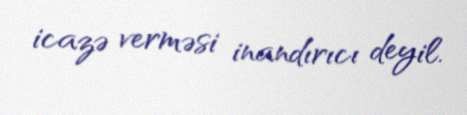
icazə verməsi inandırıcı deyil.